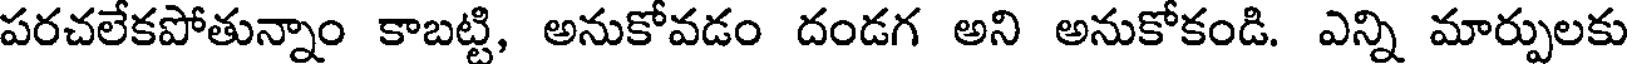
పరచలేకపోతున్నాం కాబట్టి, అనుకోవడం దండగ అని అనుకోకండి. ఎన్ని మార్పులకు